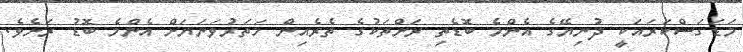
މަޑަގަސްކަރައަކީ ދުނިޔޭގެ އެންމެ ބޮޑެތި ރަށްތަކުގެ ތެރެއިން ހަތަރުވަނަޔަށް އެންމެ ބޮޑު ރަށެވެ.